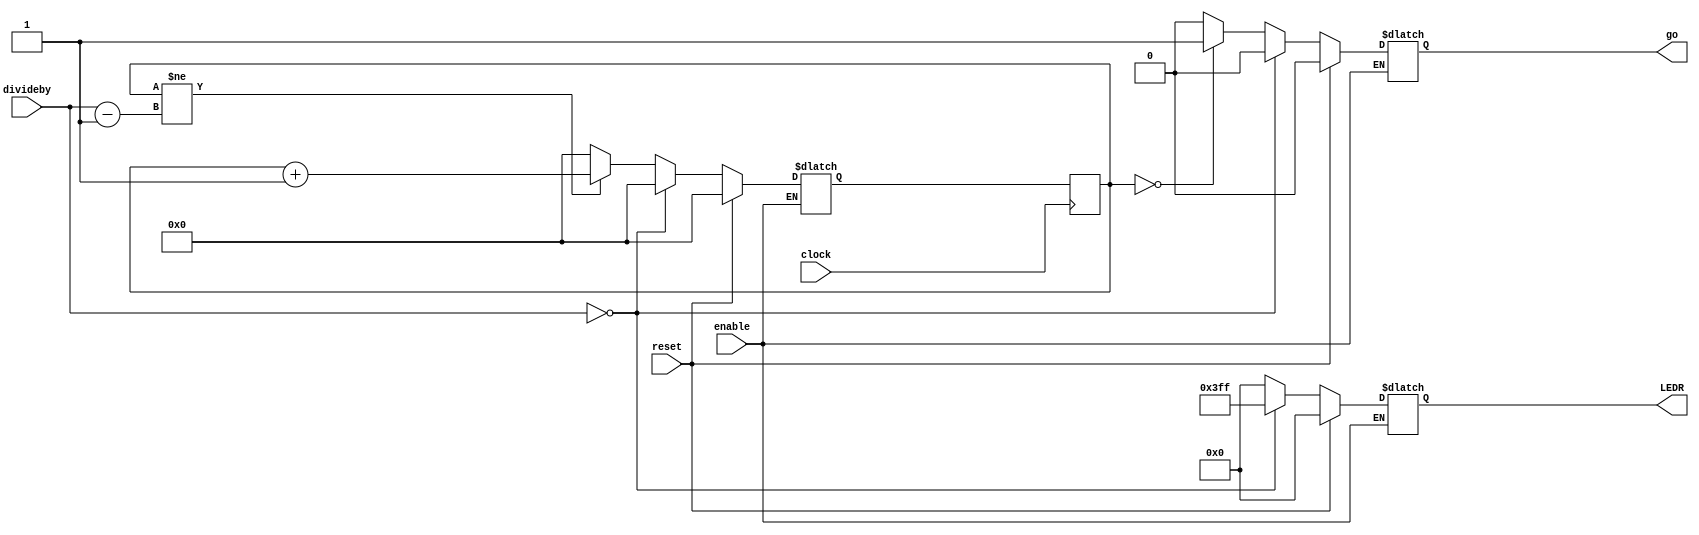
module pulse(clock, reset,  enable, divideby, go, LEDR);
    input clock;
    input reset;
    input enable;
    input [5:0] divideby;

    output go;
    output [9:0] LEDR;
    //output [5:0] count;

    reg [5:0] count;
    reg [5:0] count_c;
    reg go;
    reg [9:0] LEDR;

    always @(*) begin
        if(enable == 1'b1) begin
            count_c = count;

            if(divideby == 6'b000_000) begin
                count_c = 6'b000_000;
                LEDR  = 10'b11111_11111;
                go = 1'b0;
            end
            else begin
                LEDR  = 10'b00000_00000;
                //logic for go
                if(count == 6'b000_000) begin
                    go = 1'b1;
                end
                else begin
                    go = 1'b0;
                end

                //counting stuff
                if(count != (divideby - 6'b000_001)) begin
                    count_c = count + 6'b000_001;
                end
                else begin //rollover
                    count_c = 6'b000_000;
                end
            end
            if(reset == 1'b1) begin
                count_c  = 6'b000_000;
                LEDR = 10'b00000_00000;
                go = 1'b0;
            end 
        end
        
    end
    
    always @(posedge clock) begin
        count <= #1 count_c;
    end

endmodule